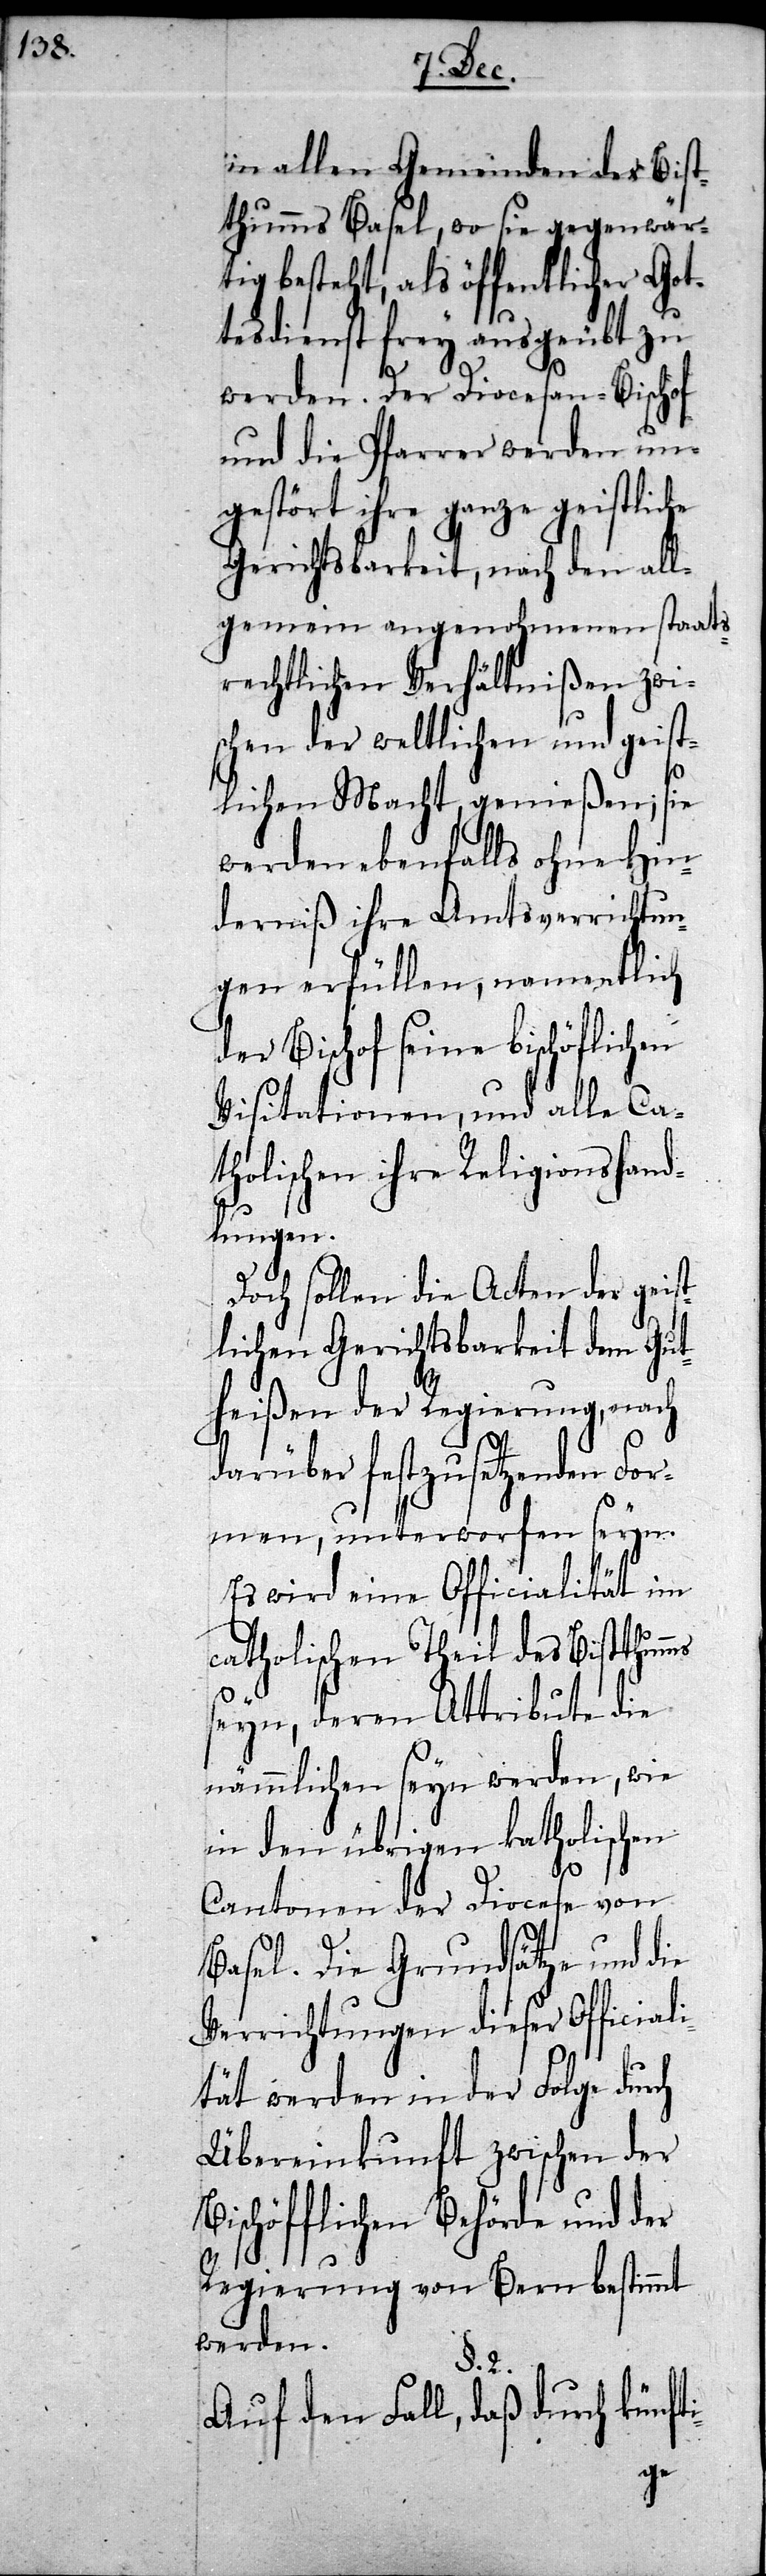
in allen Gemeinden des Bist¬
thumms Basel, wo sie gegenwär¬
tig besteht, als öffentlicher Got¬
tesdienst frey ausgeübt zu
werden. Der Diocesan-Bischof
und die Pfarrer werden un¬
gestört ihre ganze geistliche
Gerichtsbarkeit, nach den all¬
gemein angenohmenen staats¬
rechtlichen Verhältnißen zwi¬
schen der weltlichen und geist¬
lichen Macht, genießen; sie
werden ebenfalls ohne Hin¬
derniß ihre Amtsverrichtun¬
gen erfüllen, namentlich
der Bischof seine bischöflichen
Visitationen, und alle Ca¬
tholischen ihre Religionshand¬
lungen.
Doch sollen die Acten der geist¬
lichen Gerichtsbarkeit dem Gut¬
heißen der Regierung, nach
darüber festzusetzenden For¬
men, unterworfen seyn.
Es wird eine Officialität im
catholischen Theil des Bistthum¬
seyn, deren Attribute die
nämmlichen seyn werden, wie
in den übrigen katholischen
Cantonen der Diocese von
Basel. Die Grundsätze und die
Verrichtungen dieser Official¬
ität werden in der Folge durch
Übereinkunft zwischen der
Bischöfflichen Behörde und der
Regierung von Bern bestimmt
werden.
§. 2.
Auf den Fall, daß durch künft¬
i-